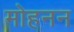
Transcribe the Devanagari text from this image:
मोहनन